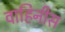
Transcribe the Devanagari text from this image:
वाहिनीस